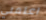
اعلمني